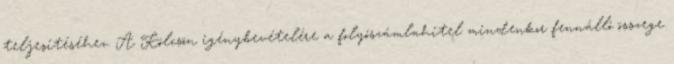
teljesítéséhez. A Kölcsön igénybevételére a folyószámlahitel mindenkor fennálló összege